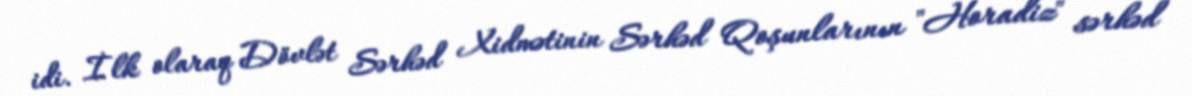
idi. İlk olaraq Dövlət Sərhəd Xidmətinin Sərhəd Qoşunlarının "Horadiz" sərhəd